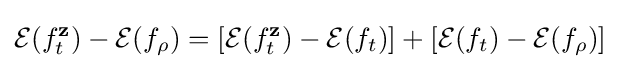
{\mathcal {E}}(f_{t}^{\mathbf {z} })-{\mathcal {E}}(f_{\rho })=\left[{\mathcal {E}}(f_{t}^{\mathbf {z} })-{\mathcal {E}}(f_{t})\right]+\left[{\mathcal {E}}(f_{t})-{\mathcal {E}}(f_{\rho })\right]